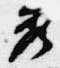
秀